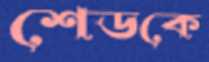
শেডকে